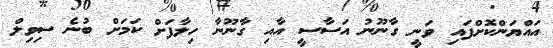
އައްޔަންކޮށްފައި ވަނީ ގާނޫނު އަސާސީ އާއި ގާނޫނާ ހިލާފަށް ކަމަށް ބުނެ ސިވިލް